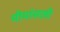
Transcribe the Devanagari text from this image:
मीमांसाही